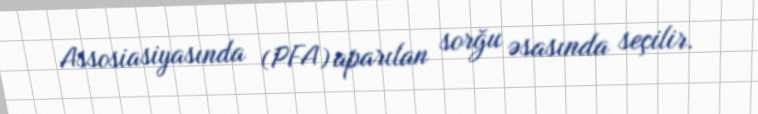
Assosiasiyasında (PFA) aparılan sorğu əsasında seçilir.